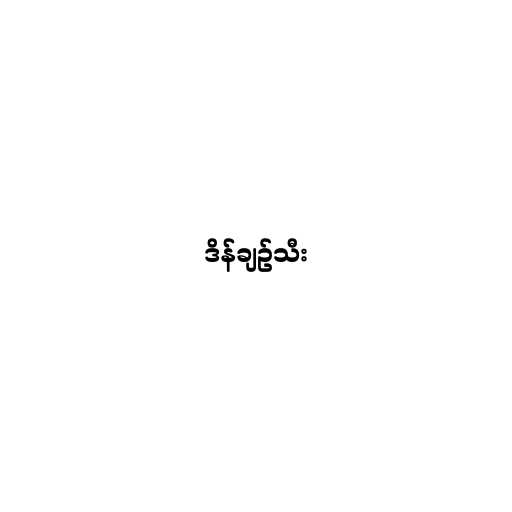
ဒိန်ချဉ်သီး